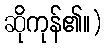
ဆိုကုန်၏။)